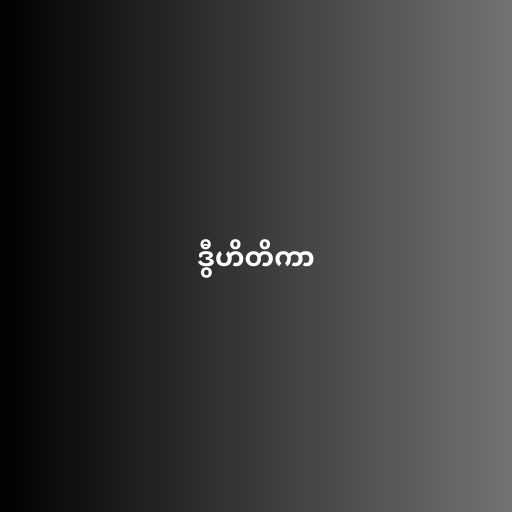
ဒွီဟိတိကာ